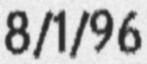
8/1/96